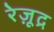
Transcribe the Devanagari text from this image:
रेज़ूद्र